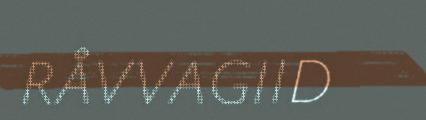
RÅVVAGIID